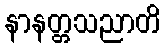
နာနတ္တသညာတိ